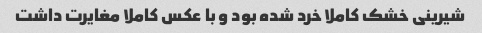
شیرینی خشک کاملا خرد شده بود و با عکس کاملا مغایرت داشت